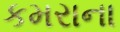
કમરાના